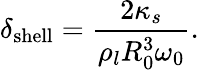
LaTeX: \delta_{\mathrm{shell}}=\frac{2\kappa_{s}}{\rho_{l}R_{0}^{3}\omega_{0}}.